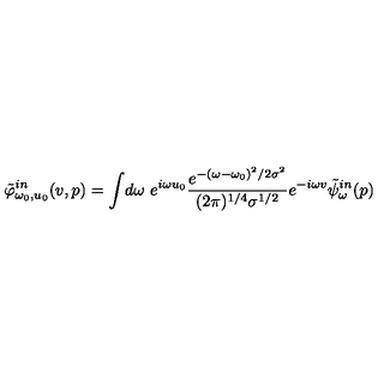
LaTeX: \tilde { \varphi } _ { \omega _ { 0 } , u _ { 0 } } ^ { i n } ( v , p ) = \int \! d \omega \ e ^ { i \omega u _ { 0 } } { \frac { e ^ { - ( \omega - \omega _ { 0 } ) ^ { 2 } / 2 \sigma ^ { 2 } } } { ( { 2 \pi } ) ^ { 1 / 4 } \sigma ^ { 1 / 2 } } } e ^ { - i \omega v } { \tilde { \psi } } _ { \omega } ^ { i n } ( p )